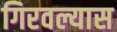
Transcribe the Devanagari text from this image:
गिरवल्यास